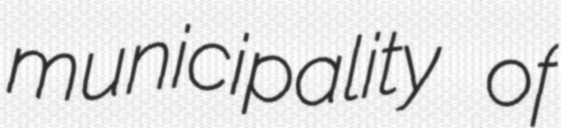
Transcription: municipality of